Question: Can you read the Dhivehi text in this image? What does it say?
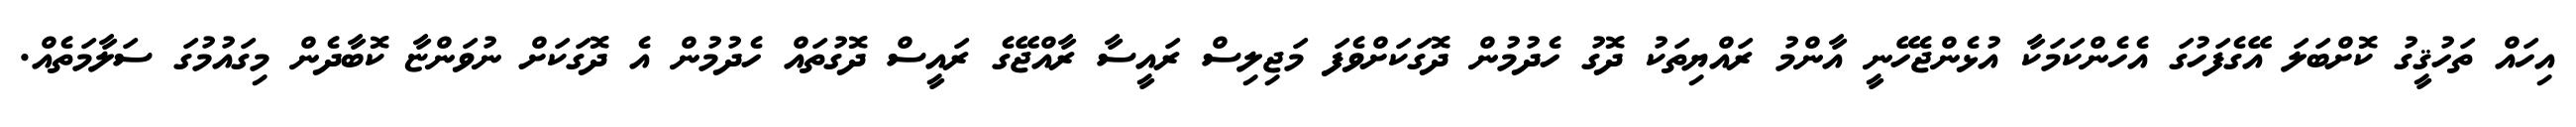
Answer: އިހައް ތަހުޤީގު ކޮށްބަލަ އޭގެފަހުގަ އެހެންކަމަކާ އުޅެންޖެހޭނީ އާންމު ރައްޔިތަކު ދޮގު ހެދުމުން ދޮގަކަށްވެފަ މަޖިލިސް ރައީސާ ރާއްޖޭގެ ރައީސް ދޮގުތައް ހެދުމުން އެ ދޮގަކަށް ނުވަންޏާ ކޮބާދެން މިގައުމުގަ ސަލާމަތެއް.